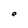
Character: e